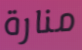
منارة